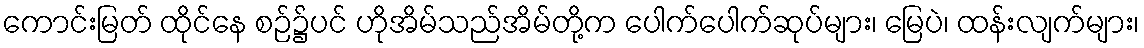
ကောင်းမြတ် ထိုင်နေ စဉ်၌ပင် ဟိုအိမ်သည်အိမ်တို့က ပေါက်ပေါက်ဆုပ်များ၊ မြေပဲ၊ ထန်းလျက်များ၊